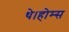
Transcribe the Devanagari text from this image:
थे।होम्स